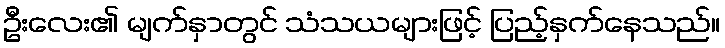
ဦးလေး၏ မျက်နှာတွင် သံသယများဖြင့် ပြည့်နှက်နေသည်။